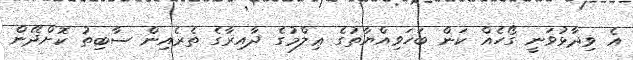
އެ ވިދާޅުވަނީ ގޯހެއް ކަން ބަހަވިއްޔާތުގެ ޢިލްމުގެ ދާއިރާގެ ތެރެއިން ސާބިތު ކޮށްދޭން